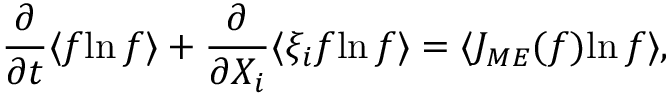
\frac { \partial } { \partial t } \langle f { \ln f } \rangle + \frac { \partial } { \partial X _ { i } } \langle \xi _ { i } f { \ln f } \rangle = \langle J _ { M E } ( f ) { \ln f } \rangle ,